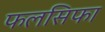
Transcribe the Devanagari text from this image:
फलसिफा